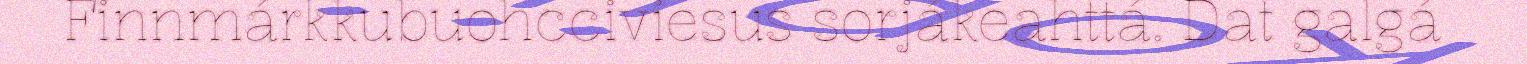
Finnmárkkubuohcciviesus sorjákeahttá. Dat galgá